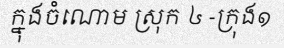
ក្នុងចំណោម ស្រុក ៤ -ក្រុង១